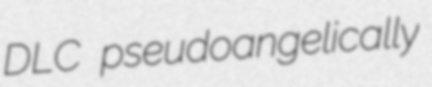
DLC pseudoangelically